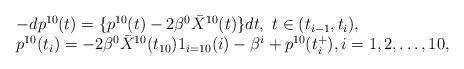
LaTeX: \begin{align*}\begin{array}[c]{ll}&-d{p}^{10}(t)= \{p^{10}(t)-2\beta^0\bar{X}^{10}{(t)}\}dt,\ t\in(t_{i-1},t_{i}),\\&p^{10}(t_{i})= -2\beta^0\bar{X}^{10}(t_{10})1_{i=10}(i)-\beta^i+p^{10}(t_{i}^{+}), i=1,2,\ldots,10,\end{array}\end{align*}